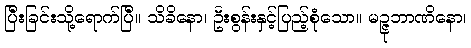
ပြီးခြင်းသို့ရောက်ပြီ။ သိခိနော၊ ဦးစွန်းနှင့်ပြည့်စုံသော။ မဉ္ဇုဘာဏိနော၊